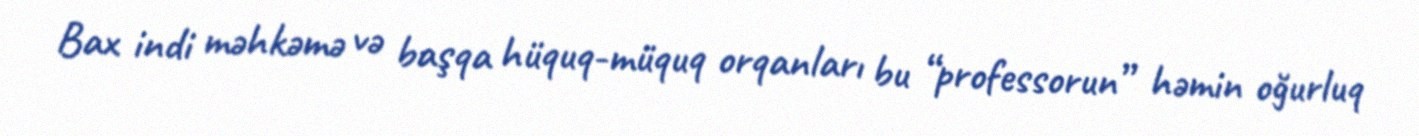
Bax indi məhkəmə və başqa hüquq-müquq orqanları bu “professorun” həmin oğurluq